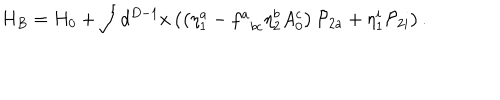
LaTeX: H _ { B } = H _ { 0 } + \int d ^ { D - 1 } x \left( \left( \eta _ { 1 } ^ { a } - f _ { \; \; b c } ^ { a } \eta _ { 2 } ^ { b } A _ { 0 } ^ { c } \right) { \cal P } _ { 2 a } + \eta _ { 1 } ^ { i } { \cal P } _ { 2 i } \right) .